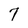
Character: 7